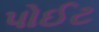
પોઈટ